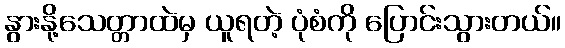
နွားနို့သေတ္တာထဲမှ ယူရတဲ့ ပုံစံကို ပြောင်းသွားတယ်။